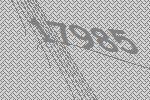
17985